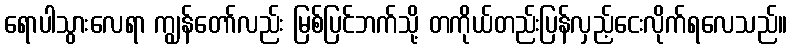
ရောပါသွားလေရာ ကျွန်တော်လည်း မြစ်ပြင်ဘက်သို့ တကိုယ်တည်းပြန်လှည့်ငေးလိုက်ရလေသည်။